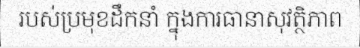
របស់ប្រមុខដឹកនាំ ក្នុងការធានាសុវត្ថិភាព